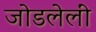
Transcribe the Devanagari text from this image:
जोडलेलीं